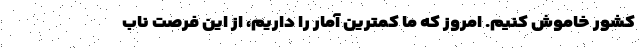
کشور خاموش کنیم. امروز که ما کمترین آمار را داریم، از این فرصت ناب